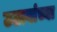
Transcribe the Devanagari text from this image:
उठावांच्या